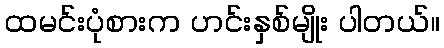
ထမင်းပုံစားက ဟင်းနှစ်မျိုး ပါတယ်။